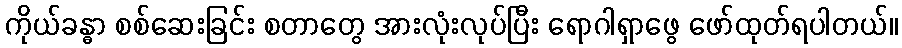
ကိုယ်ခန္ဓာ စစ်ဆေးခြင်း စတာတွေ အားလုံးလုပ်ပြီး ရောဂါရှာဖွေ ဖော်ထုတ်ရပါတယ်။